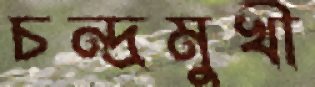
চন্দ্রমুখী